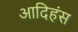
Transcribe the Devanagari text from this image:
आदिहंस